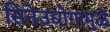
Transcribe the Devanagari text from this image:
सिनेउद्योगामुळे